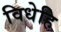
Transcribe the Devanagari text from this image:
विधेहि